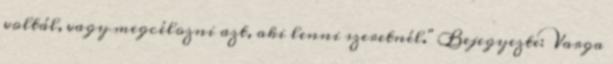
voltál, vagy megcélozni azt, aki lenni szeretnél." Bejegyezte: Varga